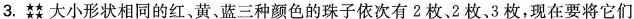
3.大小形状相同的红、黄、蓝三种颜色的珠子依次有2枚、2枚、3枚，现在要将它们